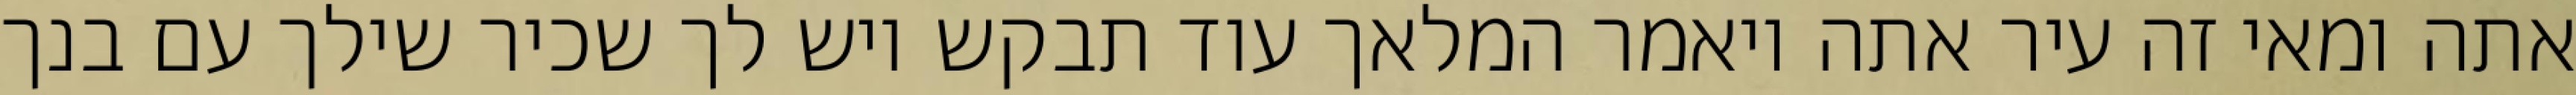
אתה ומאי זה עיר אתה ויאמר המלאך עוד תבקש ויש לך שכיר שילך עם בנך